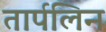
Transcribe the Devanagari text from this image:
तार्पलिन